Bréfritari: Einar Ásmundsson
Viðtakandi: Jón Borgfirðings Jónsson
Dagsetning: A-1868-02-10
Skrifað á: Nesi  S-Þing.

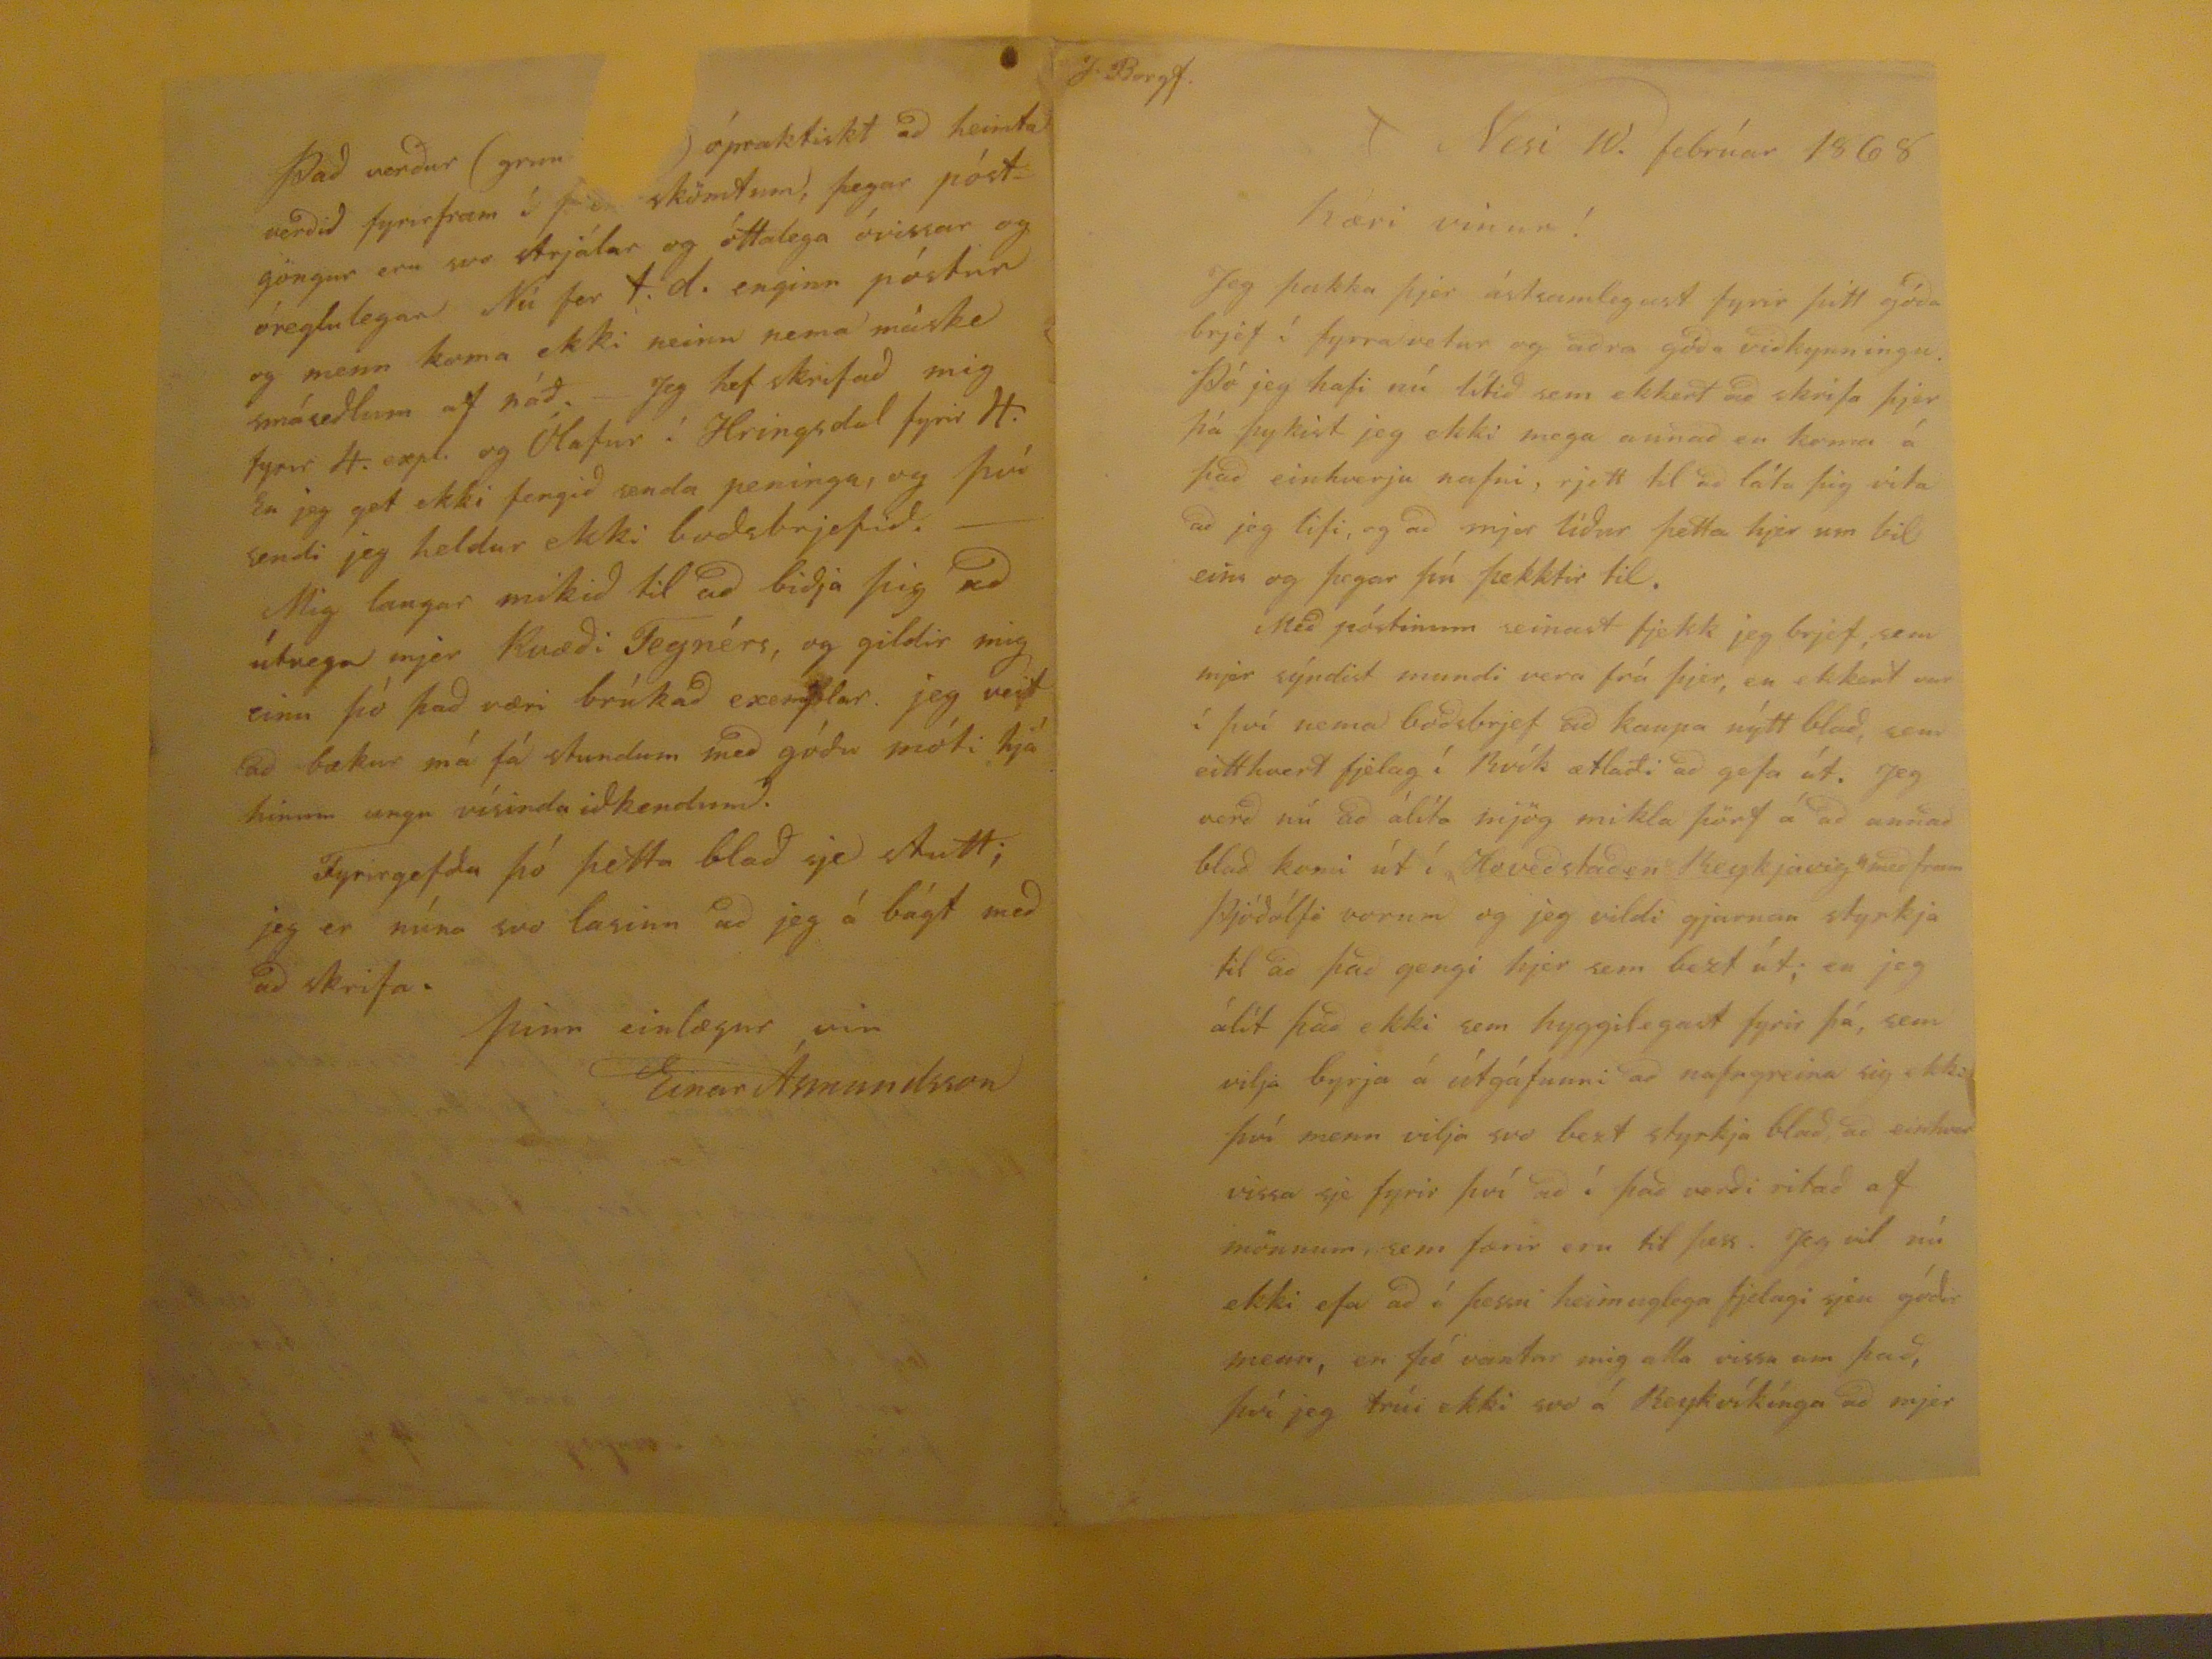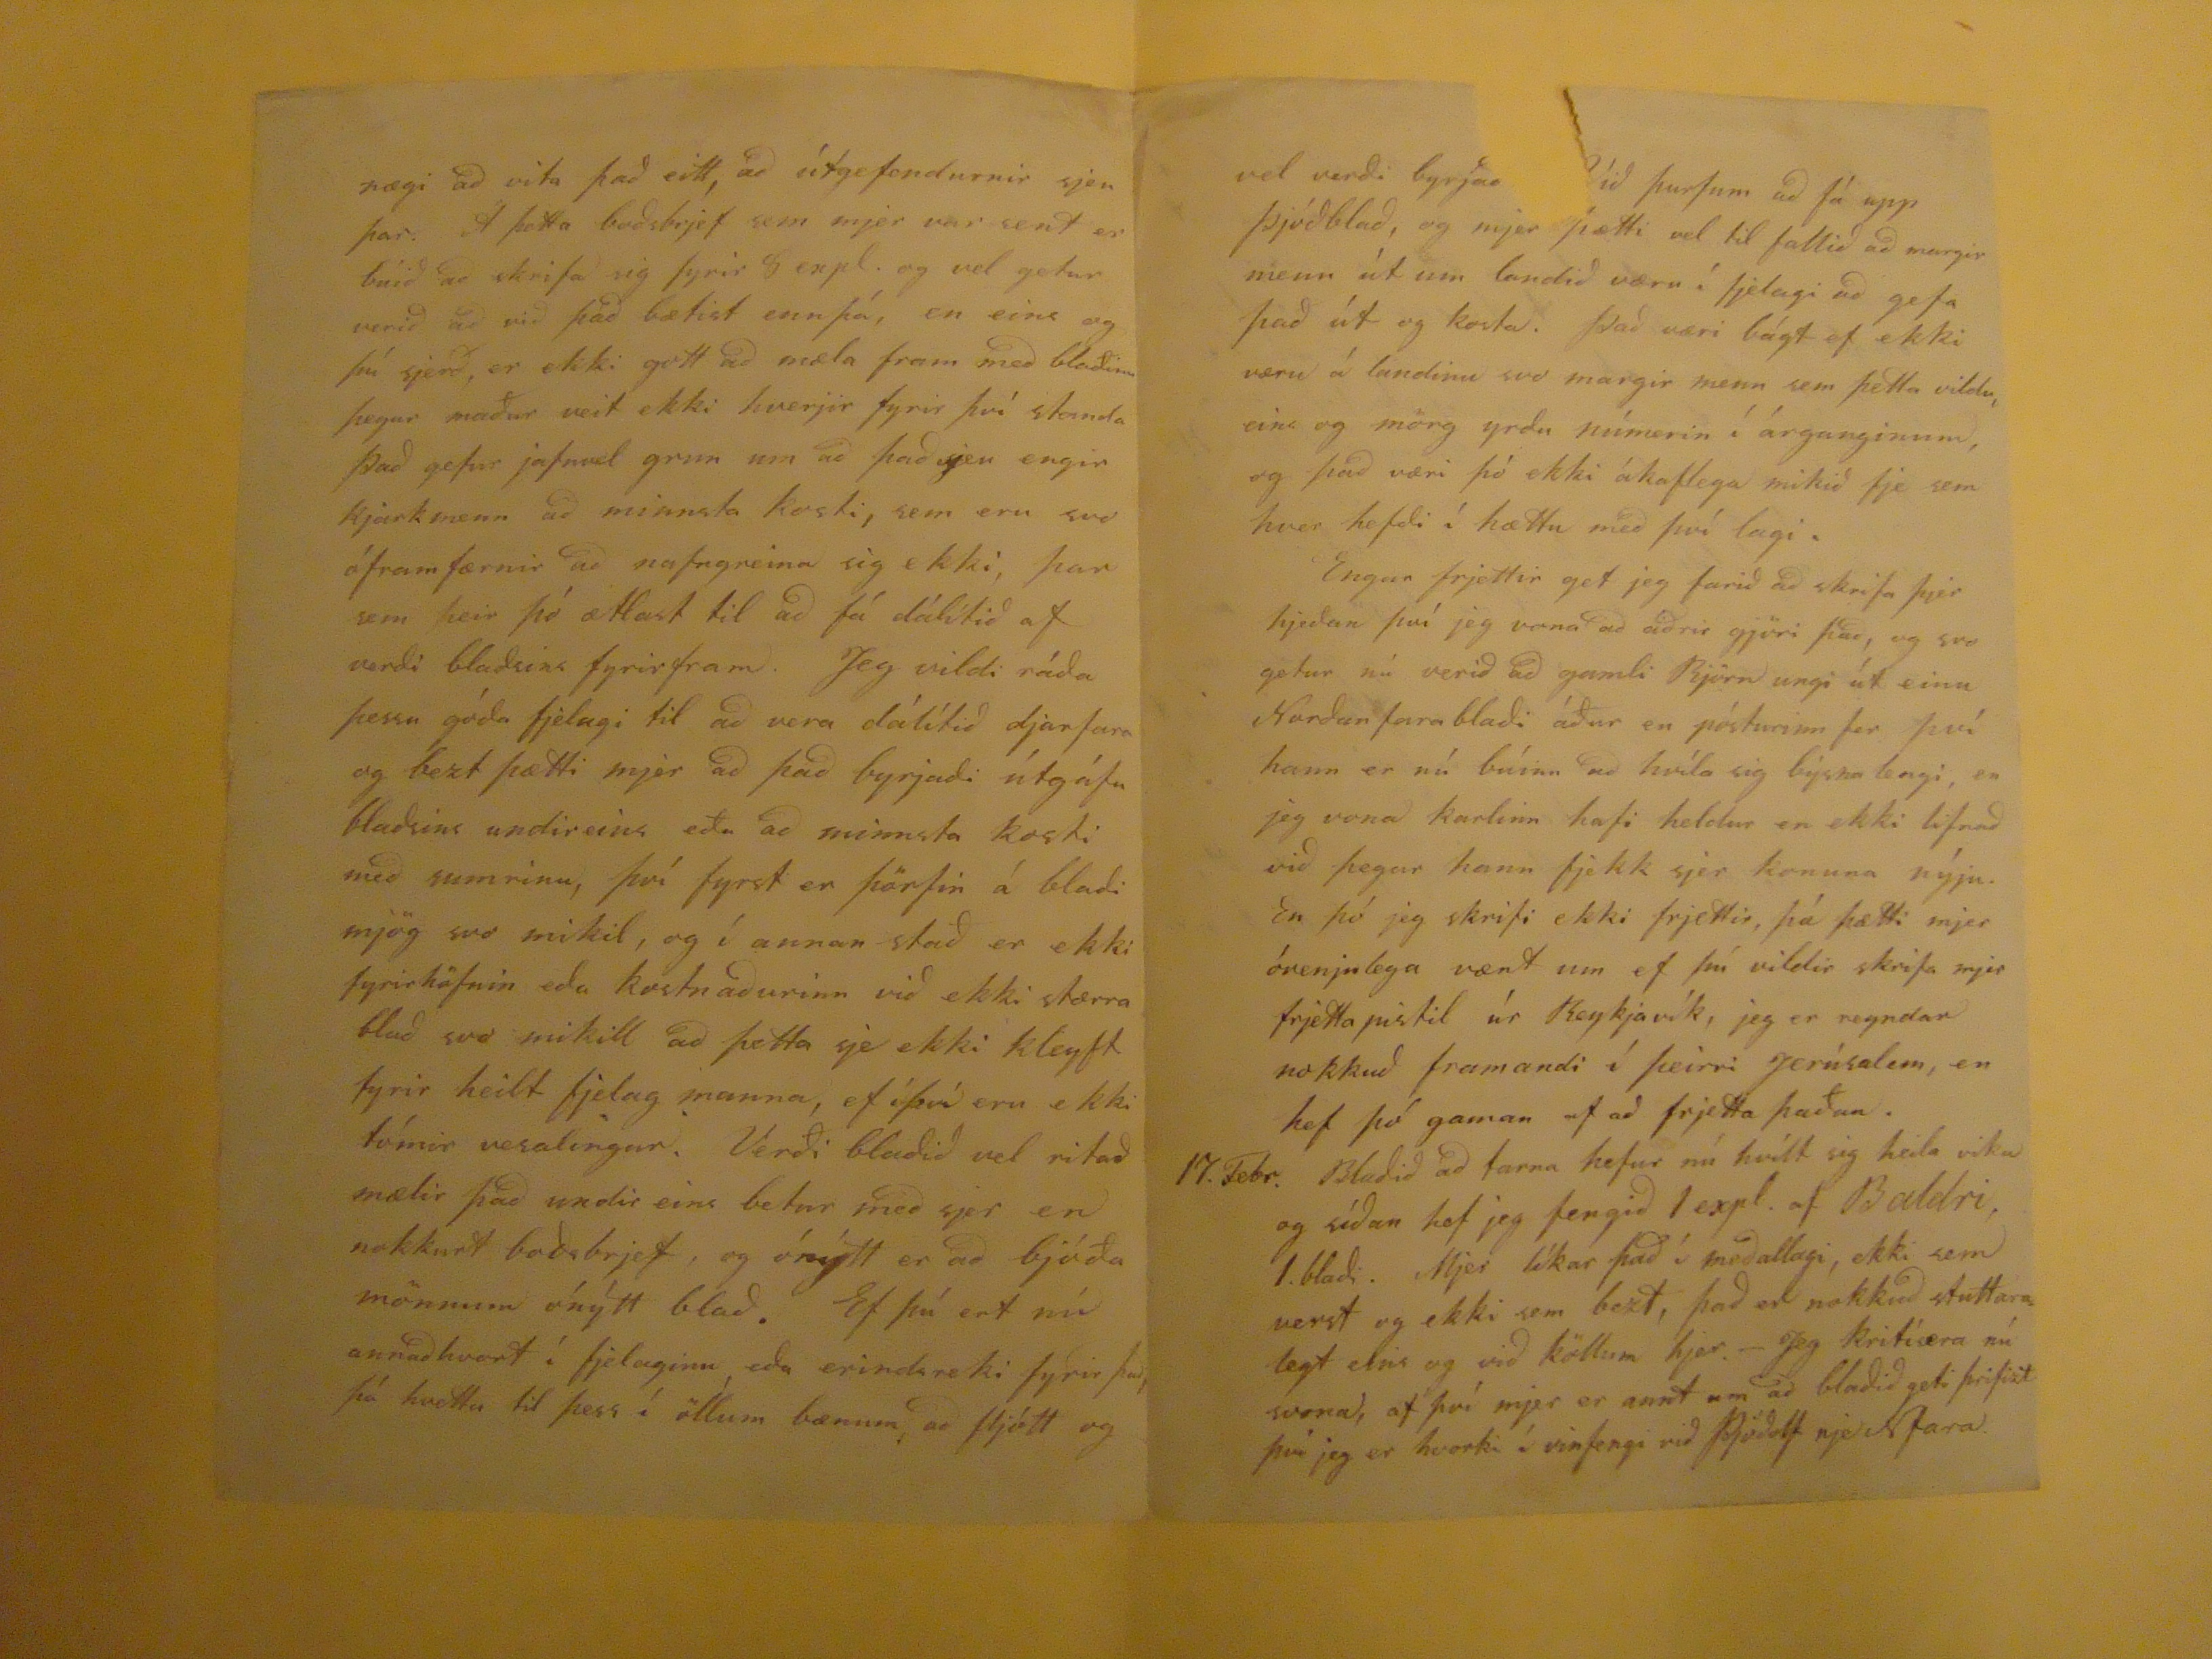

J.Bergf.
Nesi 10. febrúar 1868
Kæri vinur!
Jeg þakka þjer ástsamlegast fyrir þitt góða brjef í fyrra vetur og aðra góða viðkynningu. Þó jeg hafi nú lítið sem ekkert að skrifa þjer þá þykist jeg ekki mega annað en koma á það einhverju nafni, rjett til að láta þig vita að jeg lifi, og að mjer líður þetta hjer um bil eins og þegar þú þekktir til. Með póstinum seinast fjekk jeg brjef, sem mjer sýndist mundi vera frá þjer, en ekkert var í því nema boðsbrjef að kaupa nýtt blað, sem eitthvert fjelag í Rvík ætlaði að gefa út. Jeg verð nú að álíta mjög mikla þörf á að annað blað komi út í "Hoveðstaðen
Reykjavig"
með fram Þjóðólfi vorum og jeg vildi gjarnan styrkja til að það gengi hjer sem bezt út; en jeg álít það ekki sem hyggilegast fyrir þá, sem vilja byrja á útgáfunni að nafngreina sig ekki því menn vilja svo bezt styrkja blað, að einhver vissa sje fyrir því að í það verði ritað af mönnum, sem færir eru til þess. Jeg vil nú ekki efa að í þessu heimuglega fjelagi sjeu góðir menn, en þó vantar mig alla vissu um það, því jeg trúi ekki svo á Reykvíkínga að mjer
nægi að vita það eitt, að útgefendurnir sjeu þar. Á þetta boðsbrjef sem mjer var sent er búið að skrifa sig fyrir 8 expl. og vel getur verið að við það bætist ennþá, en eins og þú sjerð, er ekki gott að mæla fram með blaðinu þegar maður veit ekki hverjir fyrir því standa Það gefur jafnvel grun um að það sjeu engir kjarkmenn að minnsta kosti, sem eru svo óframfærnir að nafngreina sig ekki, þar sem þeir þó ætlast til að fá dálítið af verði blaðsins fyrirfram. Jeg vildi ráða þessu góða fjelugi til að vera dálítið djarfara og bezt þætti mjer að það byrjaði útgáfu blaðsins undireins eða að minnsta kosti með sumrinu, því fyrst er þörfin á blaði mjög svo mikil, og í annan stað er ekki fyrirhöfnin eða kostnaðurinn við ekki stærra blað svo mikill að þetta sje ekki kleyft fyrir heilt fjelag manna, ef í því eru ekki tómir vesalingar. Verði blaðið vel ritað mælir það undir eins betur með sjer en nokkurt boðsbrjef, og ónýtt er að bjóða mönnum ónýtt blað. Ef þú ert nú annaðhvort í fjelaginu, eða erindareki fyrir það, þá hvettu til þess í öllum bænum, að fljótt og
vel verði byrjað
???
Við þurfum að fá upp þjóðblað, og mjer þætti vel til fallið að margir menn út um landið væru í fjelagi að gefa það út og kosta. Það væri bágt ef ekki væru á landinu svo margir menn sem þetta vildu, eins og mörg yrðu númerin í árganginum, og það væri þó ekki ákaflega mikið fje sem hver hefði í hættu með því lagi. Engar frjettir get jeg farið að skrifa þjer hjeðan því jeg vona að aðrir gjöri það, og svo getur nú verið að gamli Björn ungi út einu Norðurfarablaði áður en pósturinn fer því hann ernú búinn að hvíla sig býsna lengi, en jeg vona að karlinn hafi heldur en ekki lifnað við þegar hann fjekk sjer konuna nýju. En þó jeg skrifi ekki frjettir, þá þætti mjer óvenjulega vænt um ef þú vildir skrifa mjer frjettapistil úr Reykjavík, jeg er reyndar nokkuð framandi í þeirri Jerúsalem, en hef þó gaman af að frjetta þaðan. 17. Febr. Blaðið að tarna hefur nú hvílt sig heila viku og síðan hef jeg fengið 1 expl. af Baldri, 1. blaði. Mjer líkar það í meðallagi, ekki sem verst og ekki sem bezt, það er nokkuð stuttara legt eins og við köllum hjer.- Jeg kritíæra nú svona, af því mjer er annt um að blaðið geti þrifizt því jeg er hvorki í vinfengið við Þjóðolf nje Nfara.
Það verður
(grun???)
ópraktiskt að heimta verðið fyrirfram í
f???
skömtum, þegar póstgöngur eru svo strjálar og óttalega óvissar og óreglulegar Nú fer t.d. enginn póstur og menn koma ekki neinu nema máske smáseðlum af náð.- Jeg hef skrifað mig fyrir 4. expl. og Ólafur í Hringsdal fyrir 4. En jeg get ekki fengið senda peninga, og því sendi jeg heldur ekki boðsbrjefið.- Mig langar mikið til að biðja þig að útvega mjer Kvæði Tegnérs, og gildir mig einu þó það væri brúkað exemplar. jeg veit að bækur má fá stundum með góðu móti hjá hinum ungu vísindaiðkendum. Fyrirgefðu þó þetta blað sje stutt; jeg er núna svo lasinn að jeg á bágt með að skrifa.
þinn einlægur vin
Einar Ásmundsson